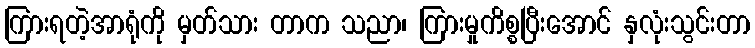
ကြားရတဲ့အာရုံကို မှတ်သား တာက သညာ၊ ကြားမှုကိစ္စပြီးအောင် နှလုံးသွင်းတာ